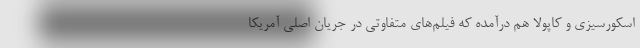
اسکورسیزی و کاپولا هم درآمده که فیلم‌های متفاوتی در جریان اصلی آمریکا